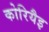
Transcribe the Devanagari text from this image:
कोरियैइ